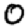
Digit: 0